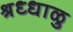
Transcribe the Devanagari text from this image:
श्रध्धाळु